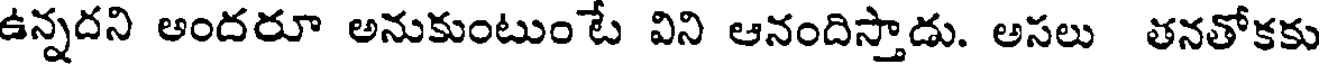
ఉన్నదని ఆందరూ అనుకుంటుంటే విని ఆనందిస్తాడు. అసలు తనతోకకు